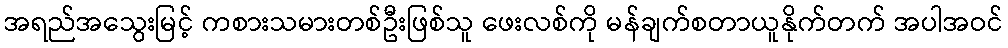
အရည်အသွေးမြင့် ကစားသမားတစ်ဦးဖြစ်သူ ဖေးလစ်ကို မန်ချက်စတာယူနိုက်တက် အပါအဝင်